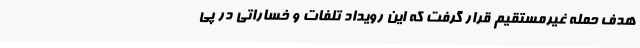
هدف حمله غیرمستقیم قرار گرفت که این رویداد تلفات و خساراتی در پی